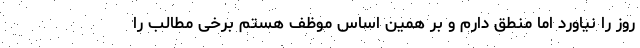
روز را نیاورد اما منطق دارم و بر همین اساس موظف هستم برخی مطالب را